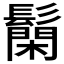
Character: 𮫐